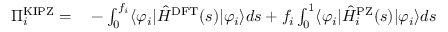
\begin{array} { r l } { \Pi _ { i } ^ { \mathrm { K I P Z } } = } & { { } - \int _ { 0 } ^ { f _ { i } } \langle \varphi _ { i } | \hat { H } ^ { \mathrm { D F T } } ( s ) | \varphi _ { i } \rangle d s + f _ { i } \int _ { 0 } ^ { 1 } \langle \varphi _ { i } | \hat { H } _ { i } ^ { \mathrm { P Z } } ( s ) | \varphi _ { i } \rangle d s } \end{array}